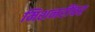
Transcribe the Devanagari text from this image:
मिशनरींवर